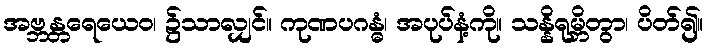
အဗ္ဘန္တရေယေဝ၊ ၌သာလျှင်။ ကုဏပဂန္ဓံ၊ အပုပ်နံ့ကို။ သန္နိရုမ္ဘိတွာ၊ ပိတ်၍။